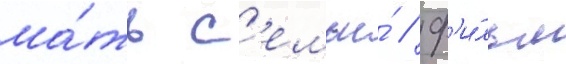
ма́ть с'емьи́ // Ф'и́льм